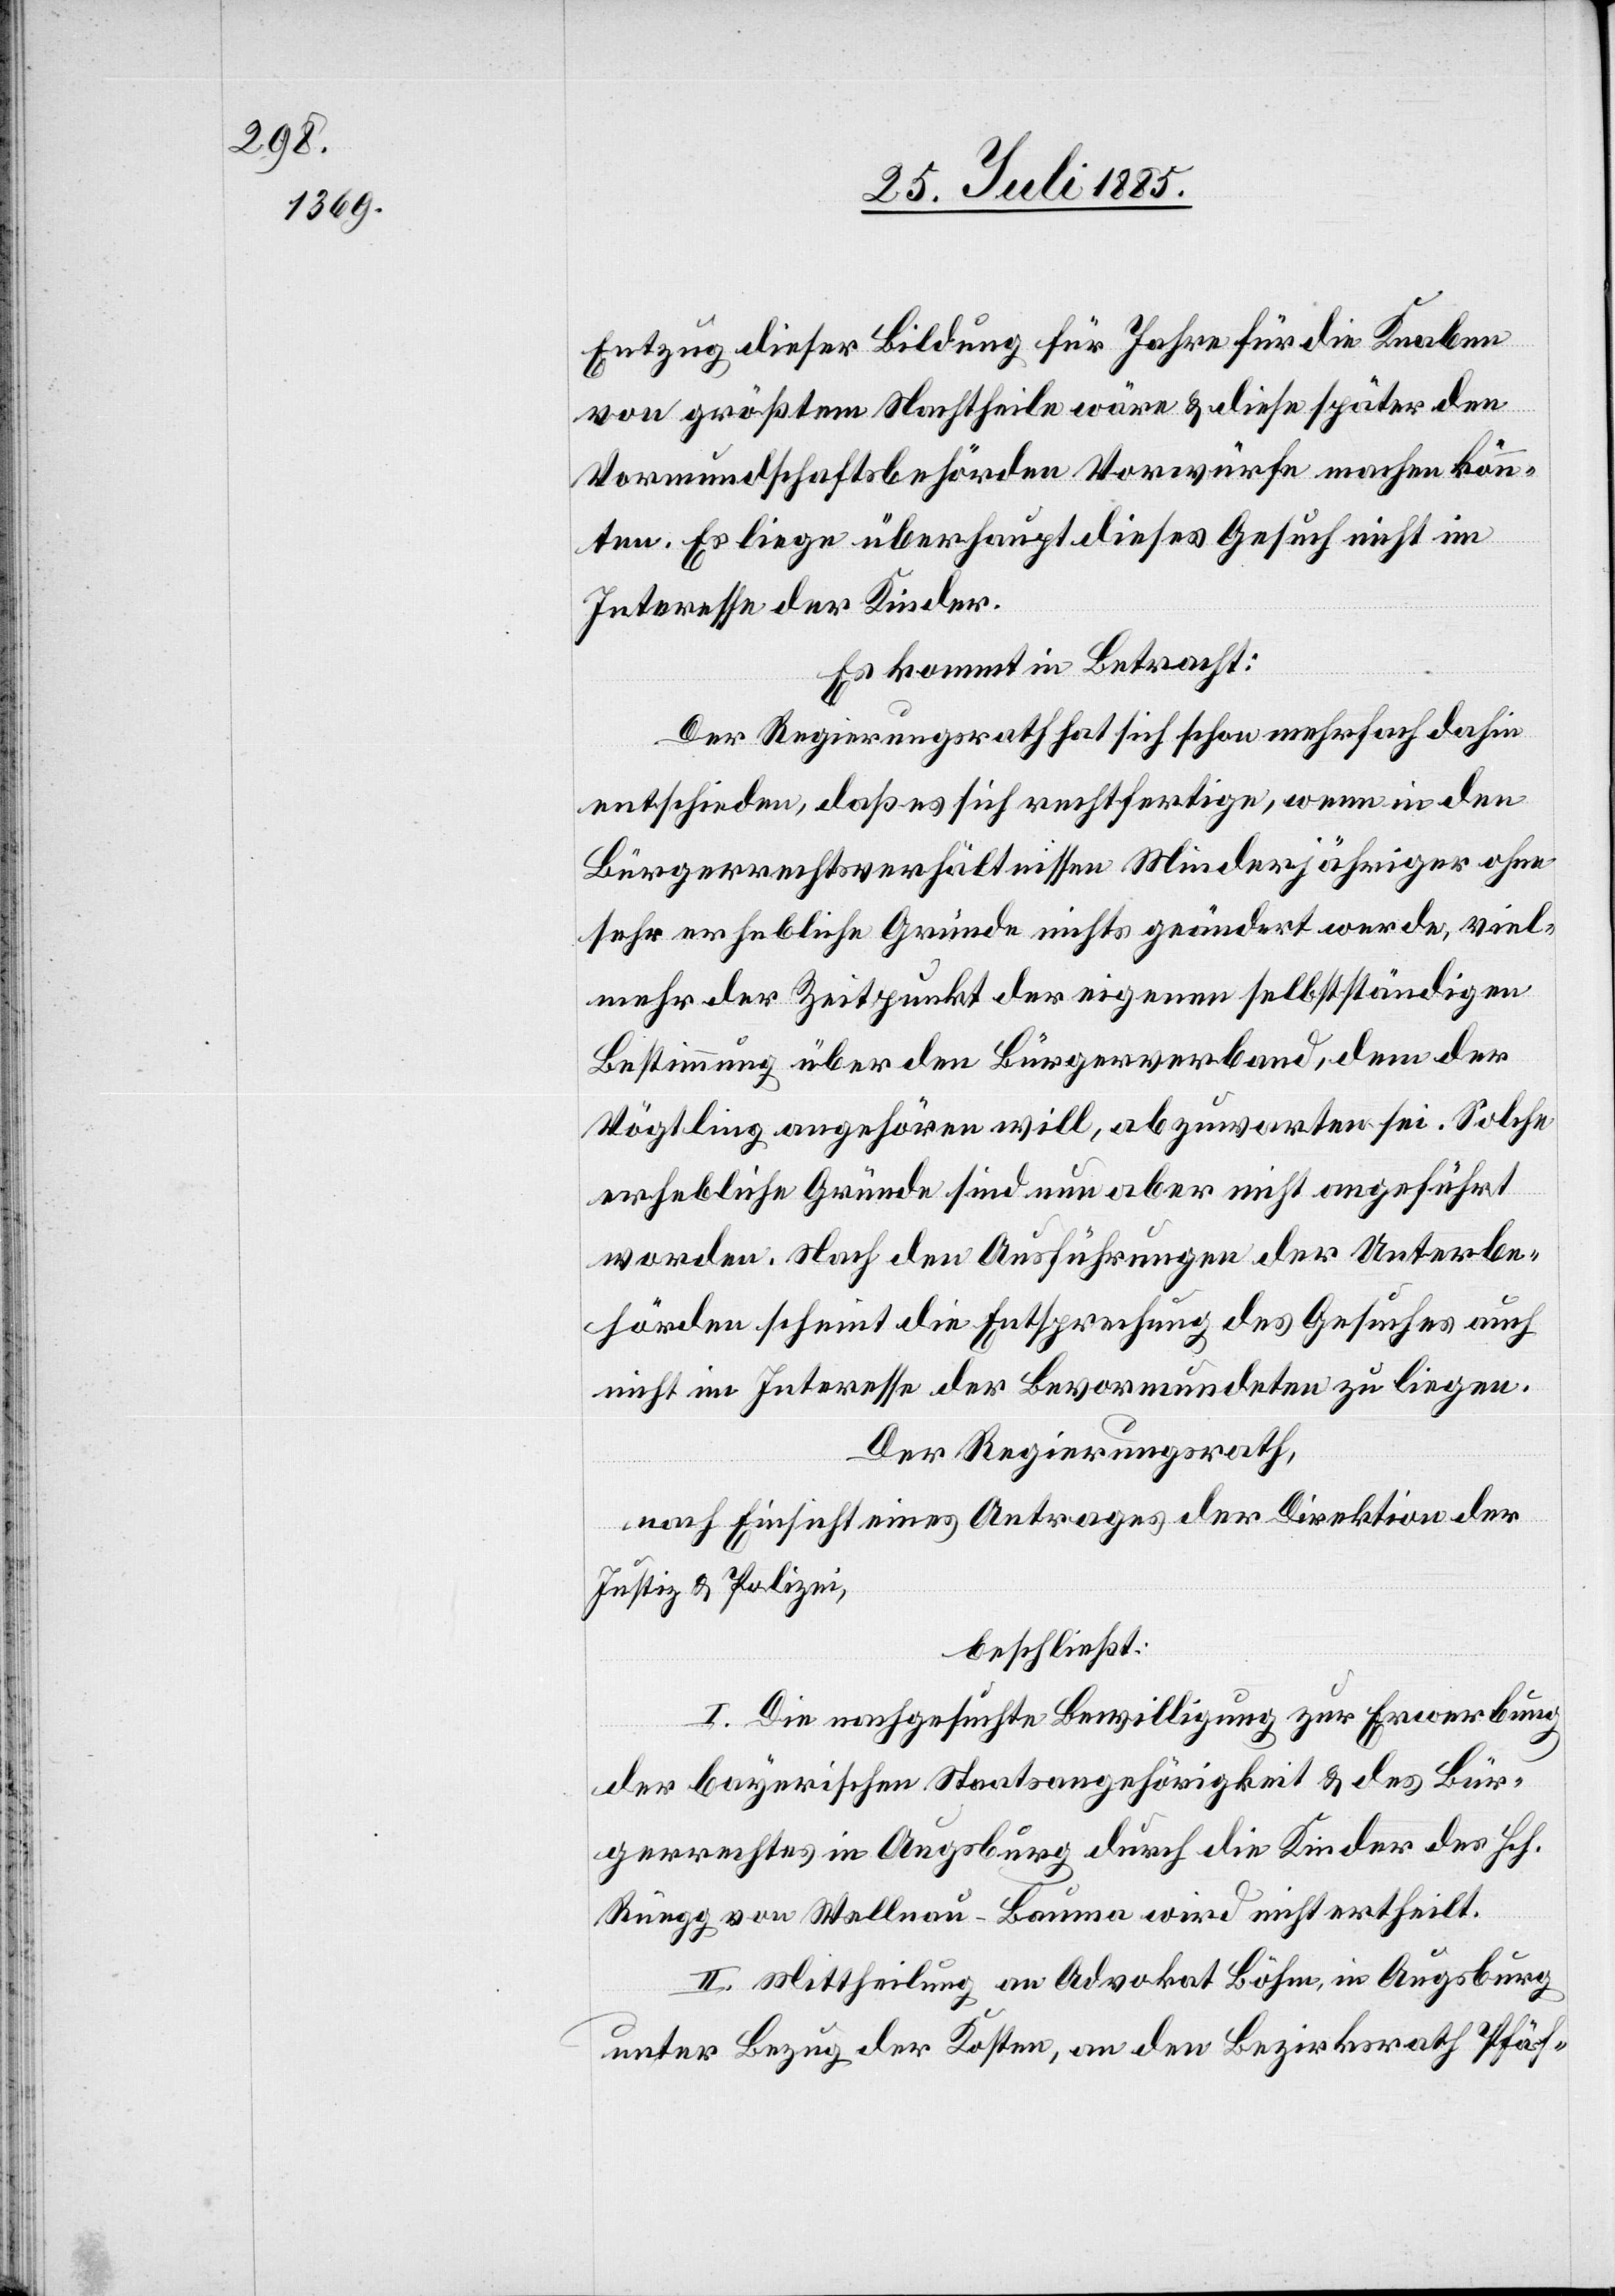
Entzug dieser Bildung für Jahre für die Knaben
von größtem Nachtheile wäre & diese später den
Vormundschaftsbehörden Vorwürfe machen könn¬
ten. Es liege überhaupt dieses Gesuch nicht im
Interesse der Kinder.
Es kommt in Betracht:
Der Regierungsrath hat sich schon mehrfach dahin
entschieden, daß es sich rechtfertige, wenn in den
Bürgerrechtsverhältnissen Minderjähriger ohne
sehr erhebliche Gründe nichts geändert werde, viel¬
mehr der Zeitpunkt der eigenen selbstständigen
Bestimmung über den Bürgerverband, dem der
Vögtling angehören will, abzuwarten sei. Solche
erhebliche Gründe sind nun aber nicht angeführt
worden. Nach den Ausführungen der Unterbe¬
hörden scheint die Entsprechung des Gesuches auch
nicht im Interesse der Bevormundeten zu liegen.
Der Regierungsrath,
nach Einsicht eines Antrages der Direktion der
Justiz & Polizei,
beschließt:
I. Die nachgesuchte Bewilligung zur Erwerbung
der bayerischen Staatsangehörigkeit & des Bür¬
gerrechtes in Augsburg durch die Kinder der Hch.
Rüegg von Wellnau - Bauma wird nicht ertheilt.
II. Mittheilung an Advokat Böhm, in Augsburg
unter Bezug der Kosten, an den Bezirksrath Pfäf-